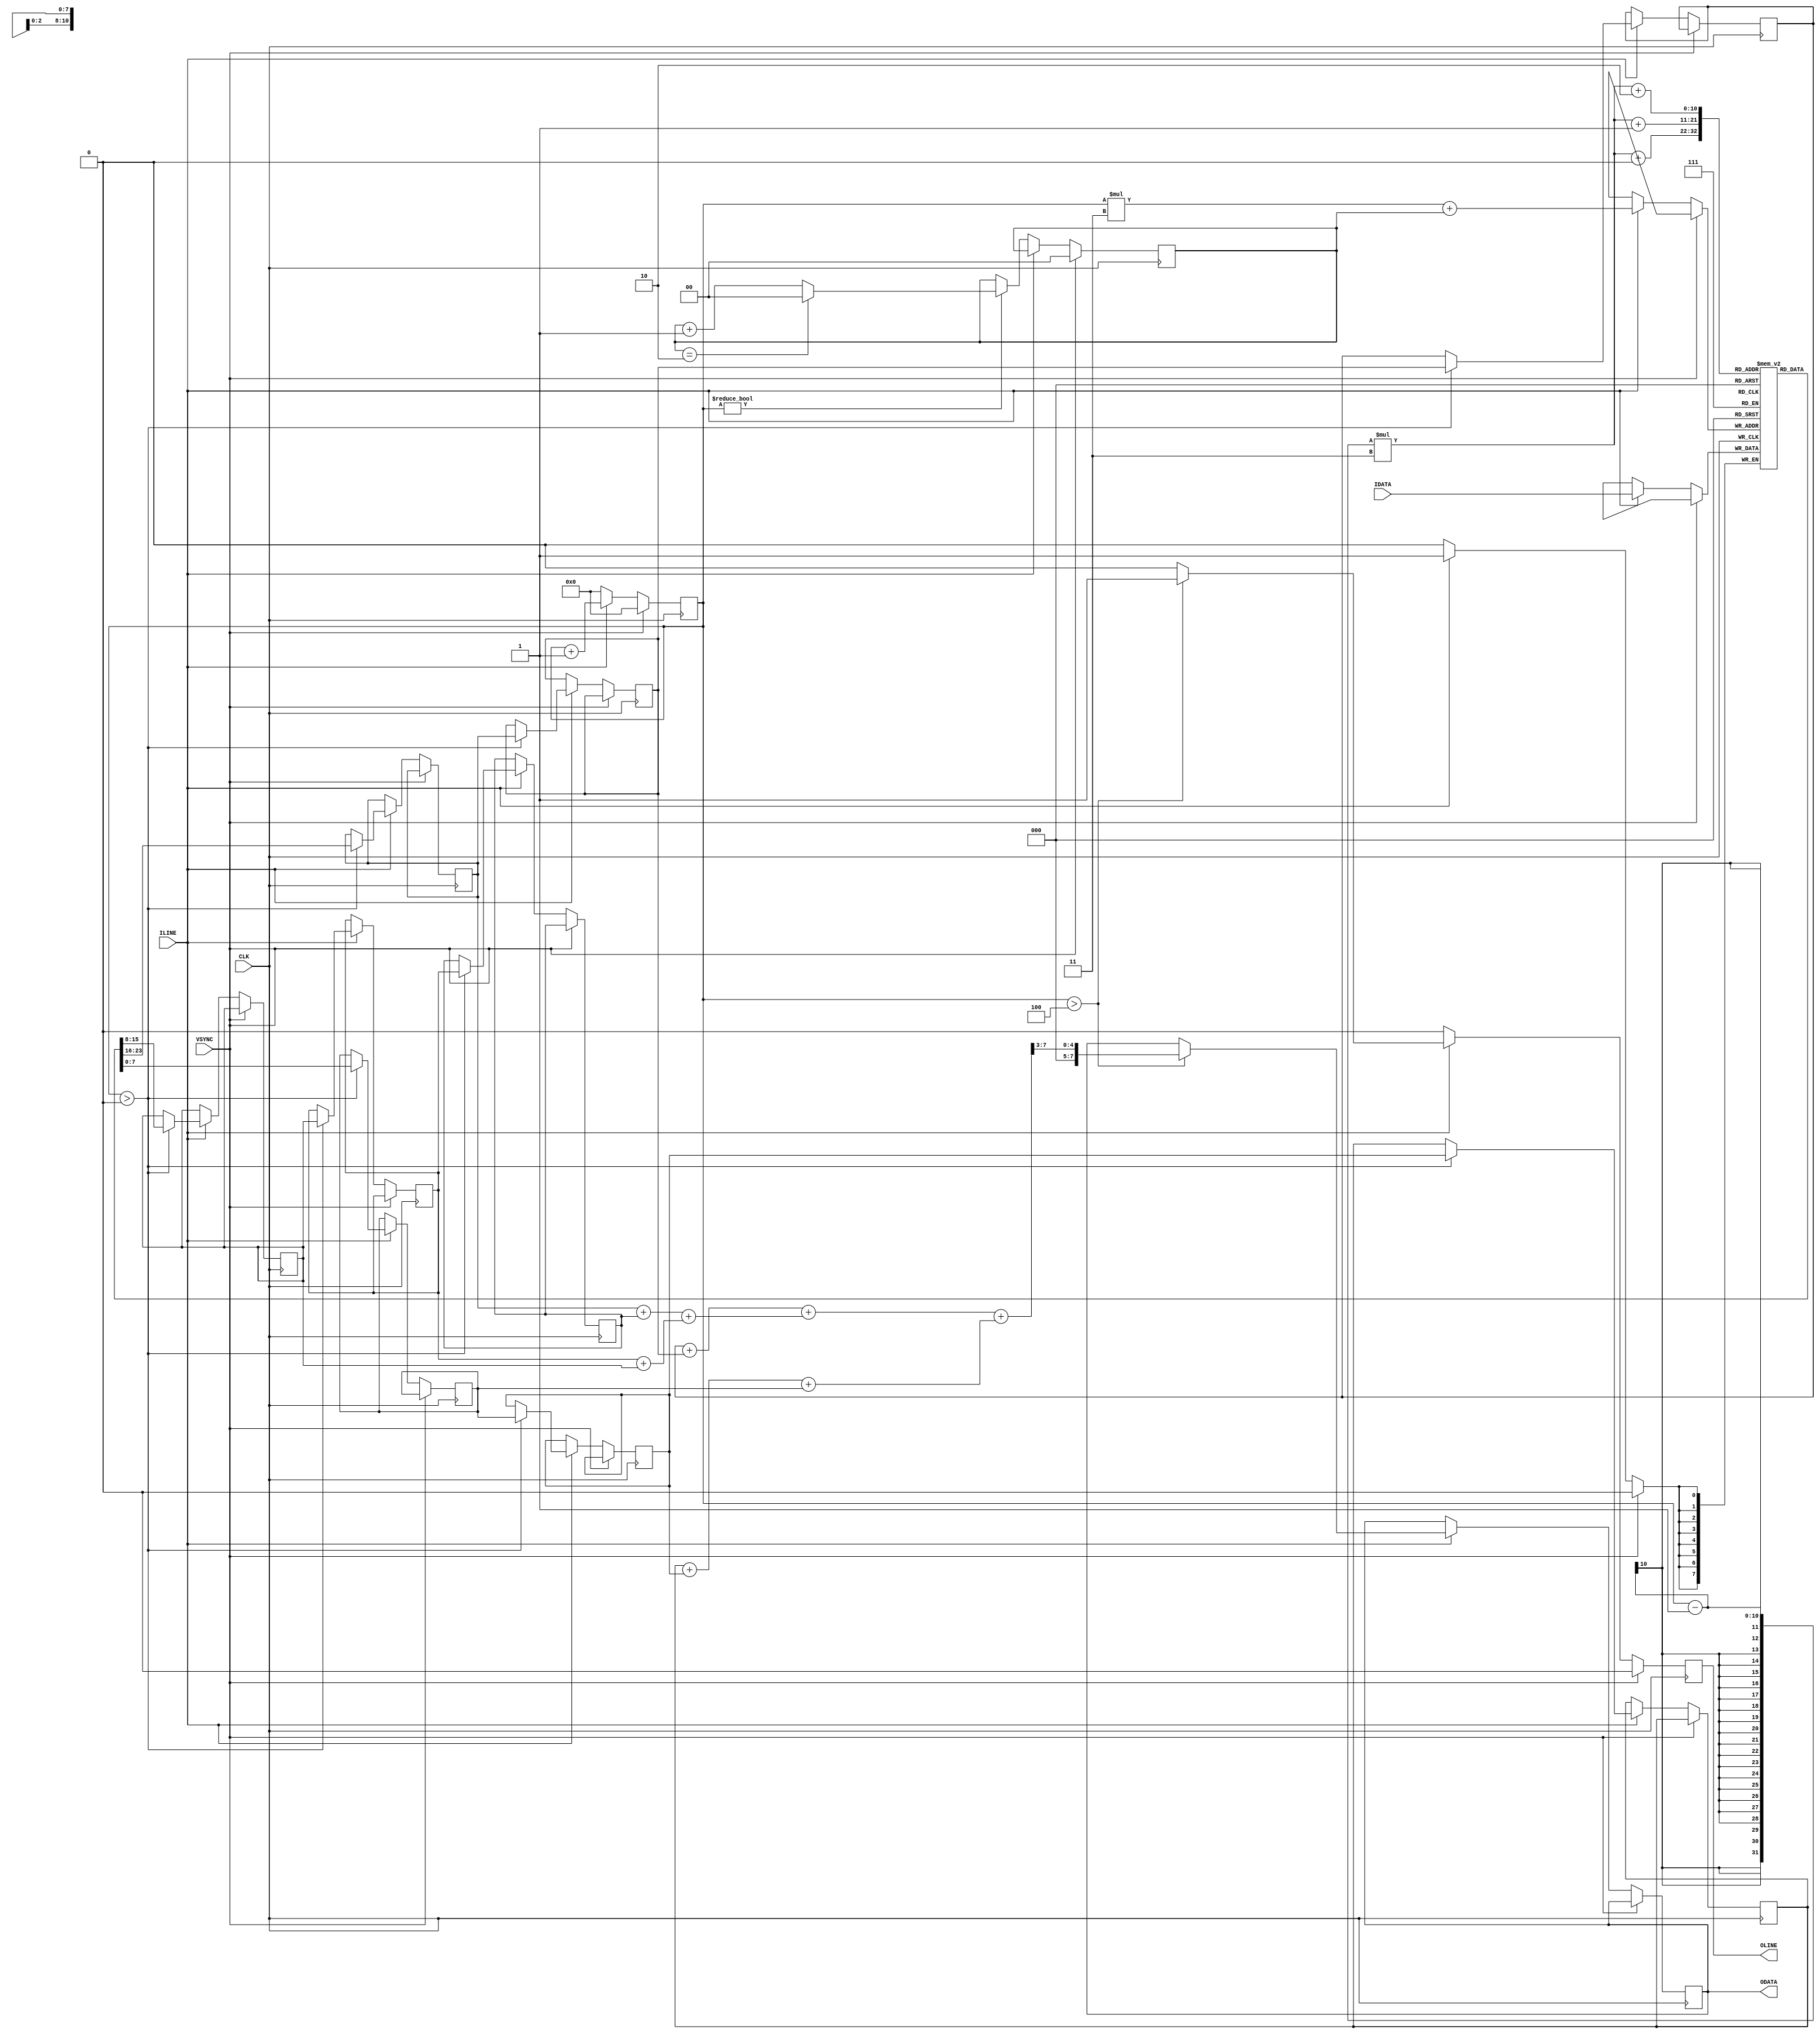
module MF3X3(
	input CLK,  //    
	input ILINE, //  
	input VSYNC, //   
	input[7:0] IDATA,
	output reg OLINE,
	output reg[7:0] ODATA
);

parameter pLineSize = 640;

reg[9:0] x, y;
reg[1:0] line;

reg[7:0] mem[pLineSize - 1:0][2:0];
reg[7:0] pts[8:0];
reg[7:0] col[2:0];

always @(posedge CLK) begin
	if (VSYNC) begin
		x <= 0;
		y <= 0;
		line <= 0;
		OLINE <= 0;
	end else if (ILINE) begin
		//  0: 
		mem[x][line] <= IDATA;
		x <= x + 1;
		
		/*// 
		col[0] <= mem[x][0];
		col[1] <= mem[x][1];
		col[2] <= mem[x][2];
		//    
		if (col[0] < col[1]) begin
			pts[2] = (col[0] < col[2]) ? col[0] : col[2];
			pts[5] = (col[1] ;
			pts[7] = (col[1] > col[2]) ? col[1] : col[2];
			
		end*/
			
		if (x > 0) begin
			pts[0] <= pts[1];
			pts[1] <= pts[2];
			pts[2] <= mem[x - 1][0];
			pts[3] <= pts[4];
			pts[4] <= pts[5];
			pts[5] <= mem[x - 1][1];
			pts[6] <= pts[7];
			pts[7] <= pts[8];
			pts[8] <= mem[x - 1][2];
		end
		if (x > 4) begin
			// 
			OLINE <= 1;
			ODATA <= ((pts[0] + pts[1]) + ((pts[2] + pts[3]) + (pts[4] + pts[5])) + ((pts[6] + pts[7]) + pts[8])) >> 3;
		end else OLINE <= 0;
	end else begin
		if (x) begin
			y <= y + 1;
			line <= (line == 2) ? 0 : (line + 1);
		end
		x <= 0;
		OLINE <= 0;
	end;
end

endmodule